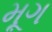
મૂગ